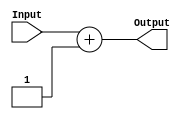
module increment(
input[4:0] Input,
output reg [4:0] Output);

	always@(Input)
	Output = Input +1;
	
endmodule